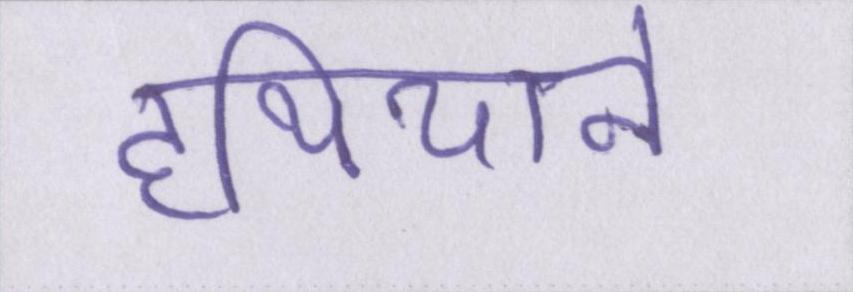
हथियाने